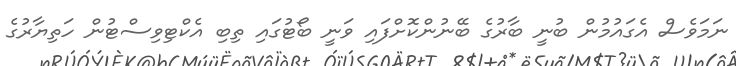
ނަމަވެސް އެގައުމުން ބުނީ ބާރުގެ ބޭނުންކޮށްފައި ވަނީ ބޯޓުގައި ތިބި އެކްޓިވިސްޓުން ހަތިޔާރުގެ